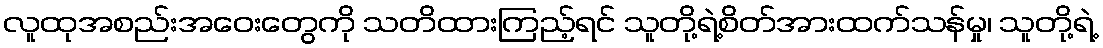
လူထုအစည်းအဝေးတွေကို သတိထားကြည့်ရင် သူတို့ရဲ့စိတ်အားထက်သန်မှု၊ သူတို့ရဲ့